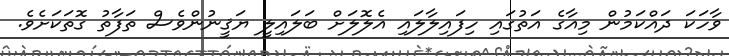
ވާހަކަ ދައްކަމުން މިއާގެ އަތުގައި ހިފައިލާލައި އެލޮލަށް ބަލައިލީ ޔަޤީނުންވެސް ތަފާތު ގޮތަކަށެވެ.